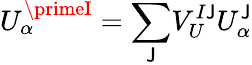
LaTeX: U_{\alpha}^{\primeI}={\displaystyle\sum_{\mathsf{J}}}V_{U}^{I\mathsf{J}}U_{\alpha}^{\mathsf{J}}